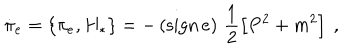
\dot { \pi } _ { e } = \{ \pi _ { e } , H _ { * } \} = - \left( \mathrm { s i g n } \, e \right) \, \frac { 1 } { 2 } \left[ P ^ { 2 } + m ^ { 2 } \right] \ ,